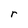
Character: r